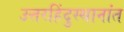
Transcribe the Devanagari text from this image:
उत्तरहिंदुस्थानांत